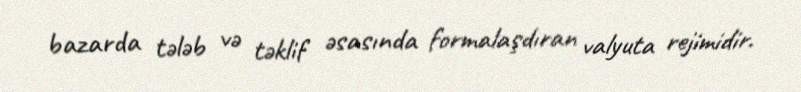
bazarda tələb və təklif əsasında formalaşdıran valyuta rejimidir.